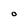
Character: O